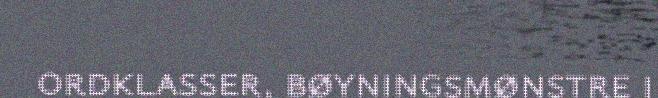
ordklasser, bøyningsmønstre i